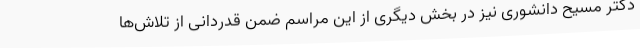
دکتر مسیح دانشوری نیز در بخش دیگری از این مراسم ضمن قدردانی از تلاش‌ها